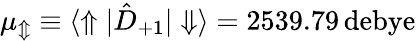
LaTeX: \mu_{\Updownarrow}\equiv{\langle\Uparrow|\hat{D}_{+1}|\Downarrow\rangle}=2539.79\, \mathrm{debye}